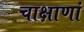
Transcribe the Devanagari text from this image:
चाक्षाणां